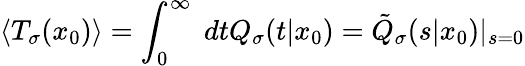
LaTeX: \langle T_{\sigma}(x_{0})\rangle=\int_{0}^{\infty}\; dtQ_{\sigma}(t|x_{0})=\tilde{Q}_{\sigma}(s|x_{0})|_{s=0}